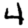
Digit: 4